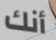
أنك